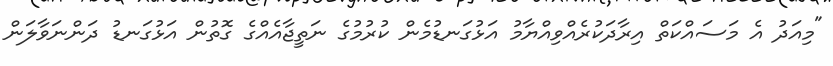
"މިއަދު އެ މަސައްކަތް އިރާދަކުރެއްވިއްޔާމު އަޅުގަނޑުމެން ކުރުމުގެ ނަތީޖާއެއްގެ ގޮތުން އަޅުގަނޑު ދަންނަވާލަން